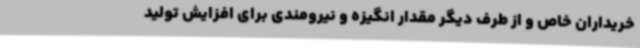
خریداران خاص و از طرف دیگر مقدار انگیزه و نیرومندی برای افزایش تولید